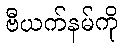
ဗီယက်နမ်ကို